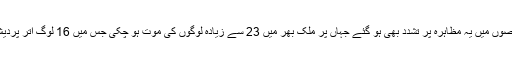
وہیں، ملک کے کئی حصوں میں یہ مظاہرہ پر تشدد بھی ہو گئے جہاں پر ملک بھر میں 23 سے زیادہ لوگوں کی موت ہو چکی جس میں 16 لوگ اتر پردیش میں مارے گئے ہیں۔